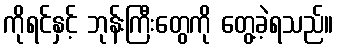
ကိုရင်နှင့် ဘုန်းကြီးတွေကို တွေ့ခဲ့ရသည်။